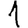
Digit: 1